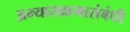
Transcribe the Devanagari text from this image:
अभ्यासक्रमासंबंधी